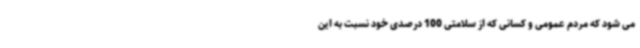
می شود که مردم عمومی و کسانی که از سلامتی 100 درصدی خود نسبت به این